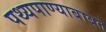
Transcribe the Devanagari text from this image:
पथ्यपाण्याबाबत